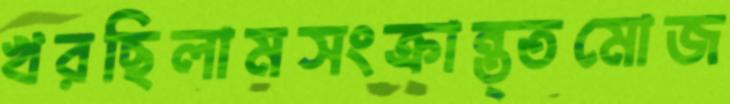
খরছিলামসংক্রান্ত্তমোজ